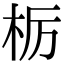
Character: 栃